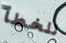
للخطأ